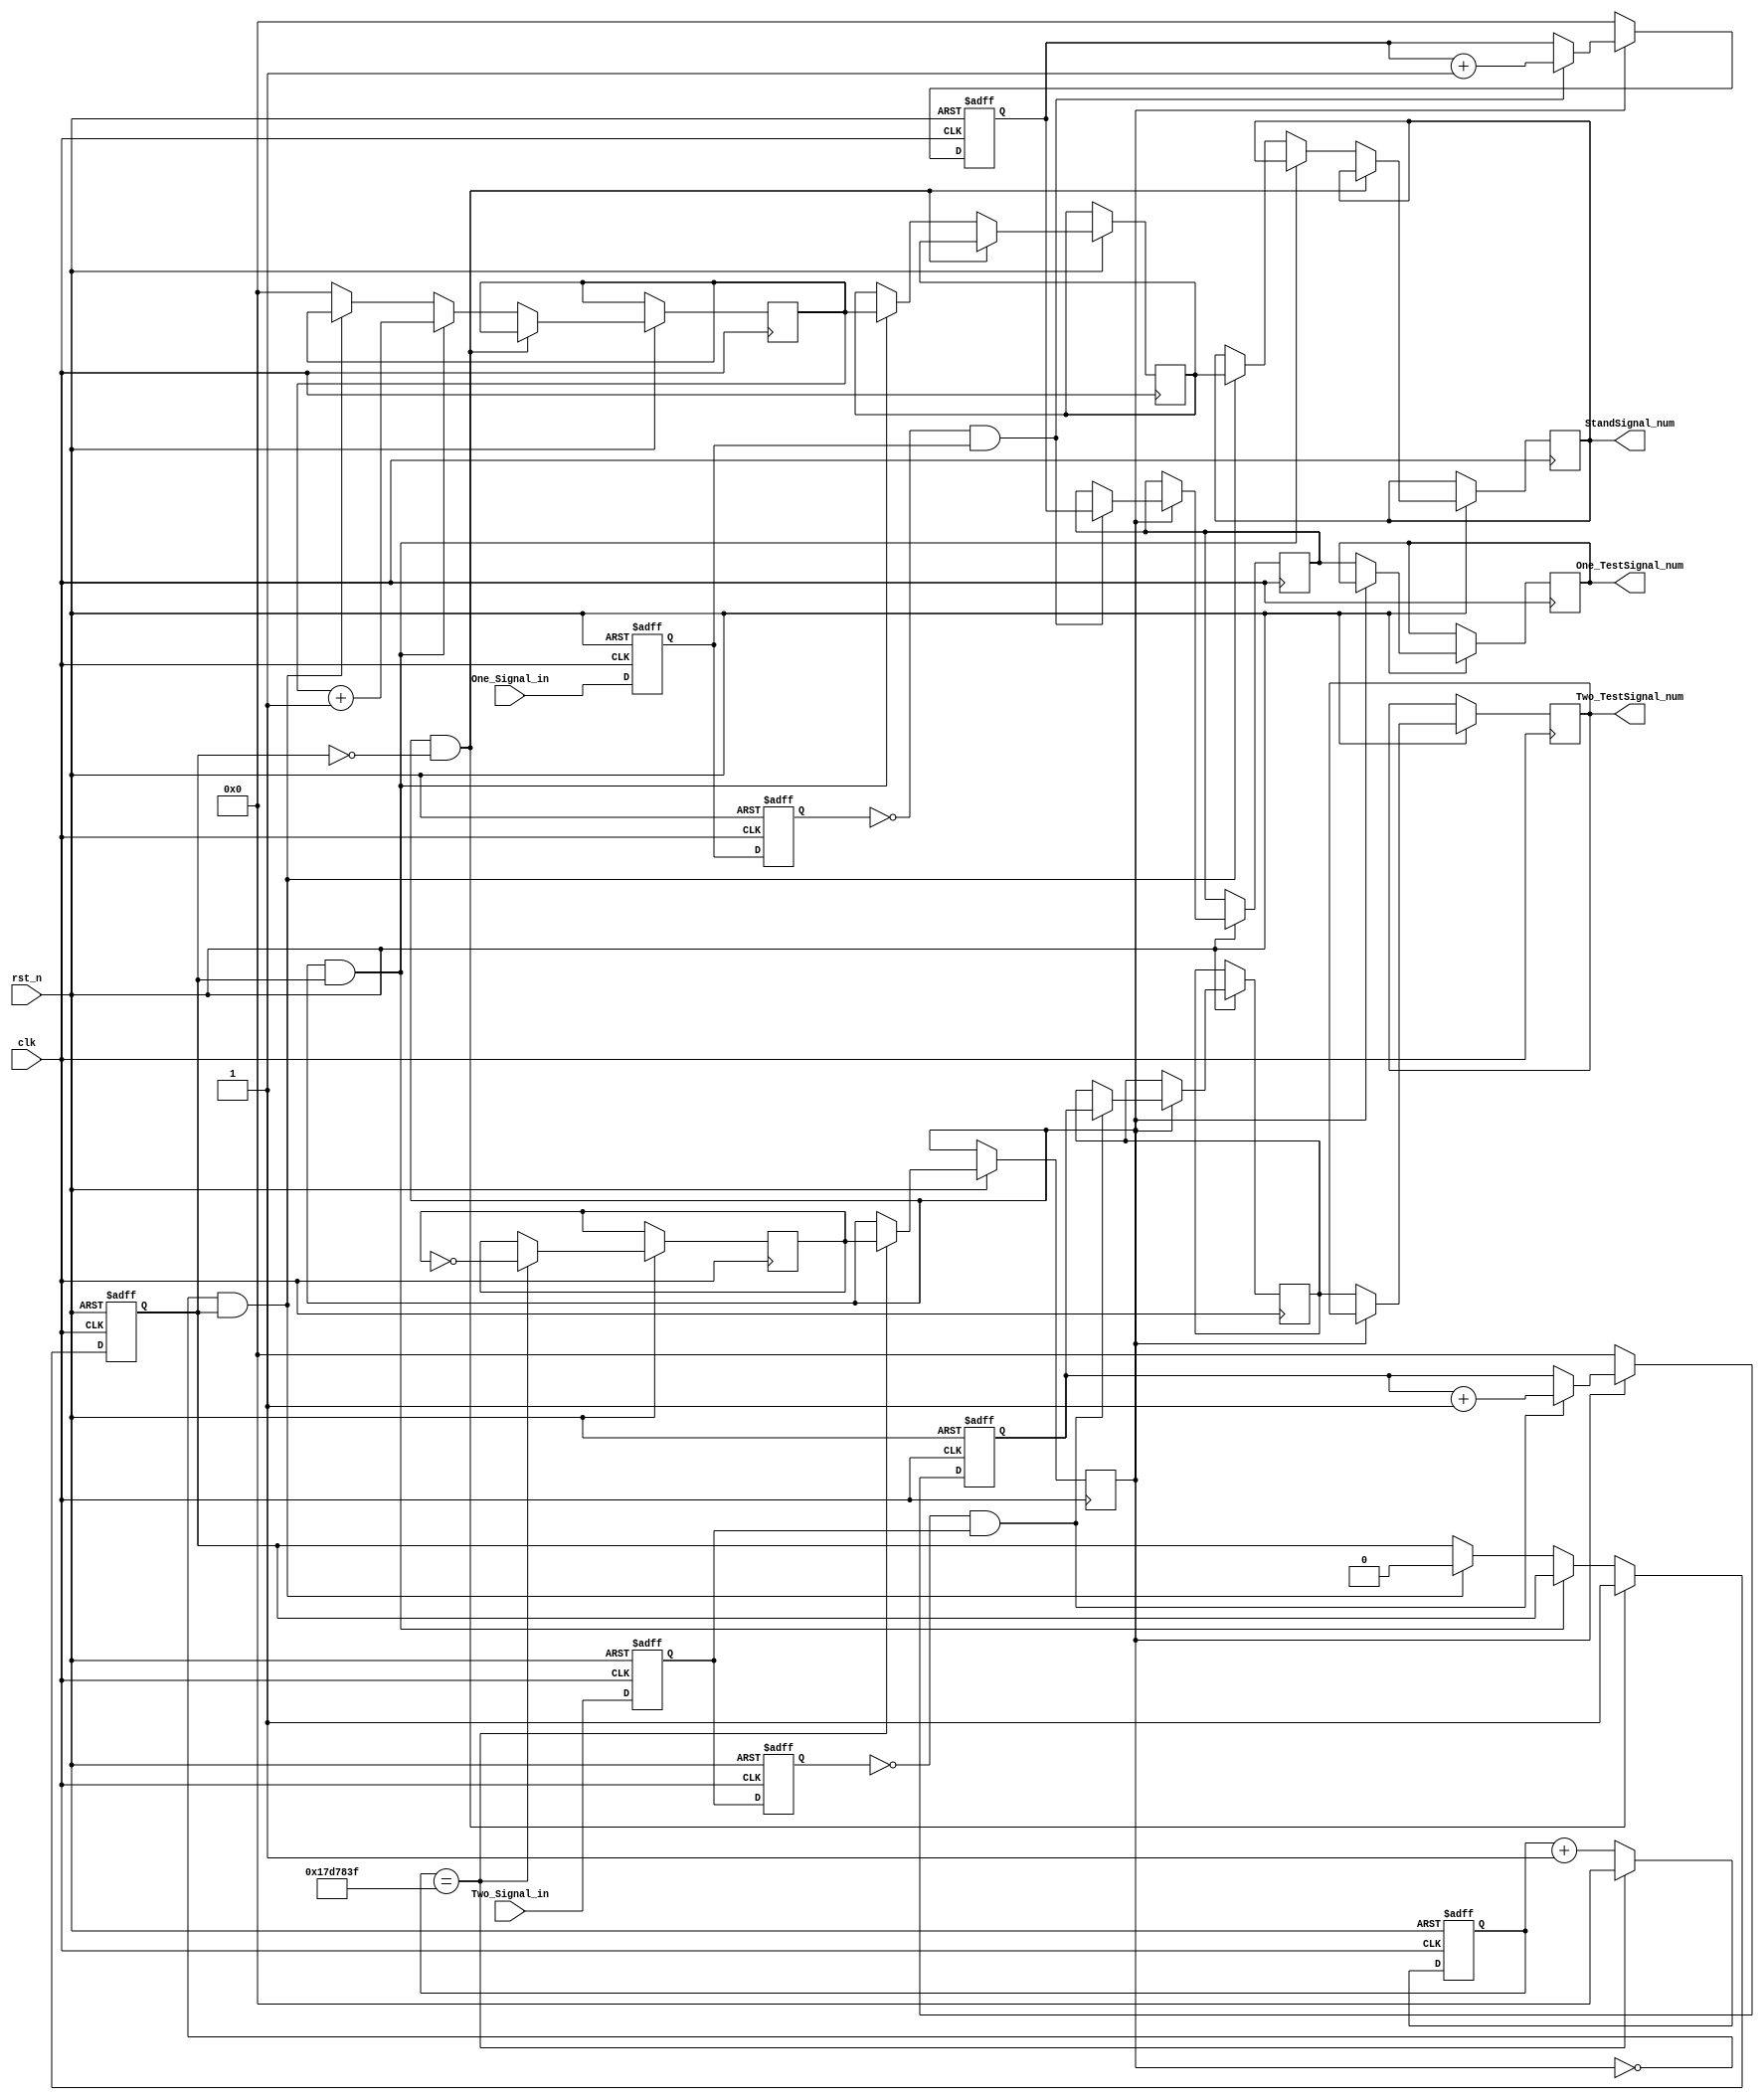
/* ==================================================================
* Family:				Cyclone V
* Device:				5CSEMA5F31C6
* Stage:				   DE1-SOC			
* Version:				Quartus II 64-Bit Version & 13.1.0 Build 162 10/23/2013 SJ Full Version
* Address:				Lab
* Data:					2017/6/21
* Function:				Uart
* 
* ==================================================================*/

module Freq_check(
	
	input wire 			clk,	
	input	wire			rst_n,
	input wire 			One_Signal_in,
	input wire  		Two_Signal_in,
	
	output reg	[31:0] One_TestSignal_num,		//A
	output reg  [31:0] Two_TestSignal_num,		//B
	output reg  [31:0] StandSignal_num			//

);


//====================================================================
// ********** Define Parameter and Internal Signals *************
//====================================================================




//====================================================================
// ************************* Main Code *************************
//====================================================================

	/*************************  ****************************/
	//1hz
	reg [31:0] Standcount;
	reg 		  pre_gate;
	reg        gate_buf;
	
	always @(posedge clk or negedge rst_n)
	if(!rst_n)
		Standcount <= 32'd0;
	else if(Standcount == 32'd24_999_999) begin 
		gate_buf <= ~gate_buf;
		pre_gate <= gate_buf;
		Standcount 	<= 1'd0;
	end 
	else begin 
		Standcount <= Standcount + 1'd1;
	end 

	
	
	/*************************   ****************************/
	reg gate_out;
	reg [31:0] TestCount;
	reg [31:0] r_StandSignal_num;
	reg [31:0] r_One_TestSignal_num;
	reg [31:0] r_Two_TestSignal_num;
	
	always @(posedge clk or negedge rst_n)
	if(!rst_n)
		gate_out <= 1'b0;
	else begin 
		if(pre_gate == 1'b1 && gate_out == 1'b0) begin 
			gate_out <= 1'b1;
		end 
		else if(pre_gate == 1'b1 && gate_out == 1'b1) begin 
			TestCount <= TestCount + 16'b1;
			r_StandSignal_num <= TestCount;		//
		end
		else if(pre_gate == 1'b0 && gate_out == 1'b1) begin 
			gate_out <= 1'b0;
			StandSignal_num <= r_StandSignal_num;
		end
		else 
			TestCount <= 16'b0;
	end

	/************************* A ****************************/
	reg 		  flag1_a,flag2_a;
	reg [31:0] One_Signal_in_num;
	
	always @(posedge clk or negedge rst_n)
	if(!rst_n) begin 
		flag1_a <= 1'b0;
		flag2_a <= 1'b0;
	end 
	else begin   //
			flag1_a <= One_Signal_in;
			flag2_a <= flag1_a;	
	end 	
	
	assign nedege_a = ~flag2_a & flag1_a;	//
	
	//
	always @(posedge clk or negedge rst_n)
	if(!rst_n) begin 
		One_Signal_in_num <= 16'd0;
	end
	else if(pre_gate) begin 
		if(nedege_a) begin 
			One_Signal_in_num <= One_Signal_in_num + 1'b1;
			r_One_TestSignal_num <= One_Signal_in_num;
		end 
	end
	else begin	
		One_Signal_in_num <= 32'd0;
		One_TestSignal_num <= r_One_TestSignal_num;		//
	end 
	
	
	/************************* B ****************************/
	reg 		  flag1_b,flag2_b;
	reg [31:0] Two_Signal_in_num;

	
	always @(posedge clk or negedge rst_n)
	if(!rst_n) begin 
		flag1_b <= 1'b0;
		flag2_b <= 1'b0;
	end 
	else begin   //
			flag1_b <= Two_Signal_in;
			flag2_b <= flag1_b;	
	end 	
	
	assign nedege_b = ~flag2_b & flag1_b;	//
	
	//
	always @(posedge clk or negedge rst_n)
	if(!rst_n) begin 
		Two_Signal_in_num <= 16'd0;
	end
	else if(pre_gate) begin 
		if(nedege_b) begin 
			Two_Signal_in_num <= Two_Signal_in_num + 1'b1;
			r_Two_TestSignal_num <= Two_Signal_in_num;
		end 
	end
	else begin	
		Two_Signal_in_num <= 32'd0;
		Two_TestSignal_num <= r_Two_TestSignal_num;		//
	end 
		


endmodule